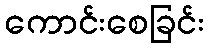
ကောင်းစေခြင်း